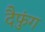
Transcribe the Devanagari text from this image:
दैफुंग